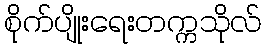
စိုက်ပျိုးရေးတက္ကသိုလ်